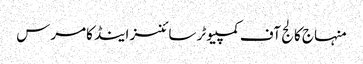
منہاج کالج آف کمپیوٹر سائنسز اینڈ کامرس